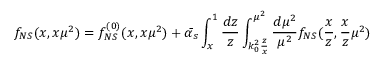
f _ { N S } ( x , x \mu ^ { 2 } ) = f _ { N S } ^ { ( 0 ) } ( x , x \mu ^ { 2 } ) + \bar { \alpha _ { s } } \int _ { x } ^ { 1 } \frac { d z } { z } \int _ { k _ { 0 } ^ { 2 } \frac { z } { x } } ^ { \mu ^ { 2 } } \frac { d \mu ^ { 2 } } { \mu ^ { 2 } } f _ { N S } ( \frac { x } { z } , \frac { x } { z } \mu ^ { 2 } )